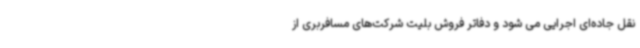
نقل جاده‌ای اجرایی می شود و دفاتر فروش بلیت شرکت‌های مسافربری از